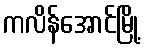
ကလိန်အောင်မြို့